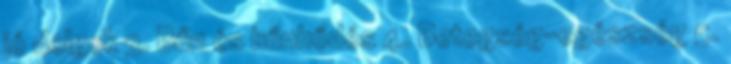
jó dolgok 3. Bűn és bűnhődés 4. Betegség-egészség 5.